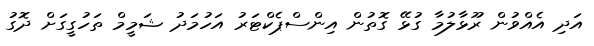
އަދި އެއްވުން ރޫޅާލުމާ ގުޅޭ ގޮތުން އިންސްޕެކްޓަރު އަހުމަދު ޝަމީމް ތަހުގީގަށް ދޮގު